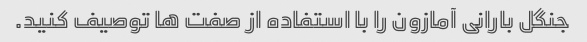
جنگل بارانی آمازون را با استفاده از صفت ها توصیف کنید.